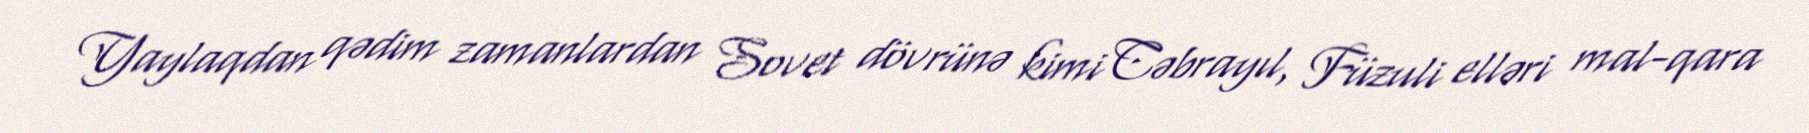
Yaylaqdan qədim zamanlardan Sovet dövrünə kimi Cəbrayıl, Füzuli elləri mal-qara